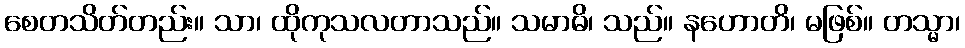
စေတသိတ်တည်း။ သာ၊ ထိုကုသလတာသည်။ သမာဓိ၊ သည်။ နဟောတိ၊ မဖြစ်။ တသ္မာ၊